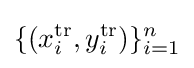
\{(x_{i}^{\text{tr}},y_{i}^{\text{tr}})\}_{i=1}^{n}